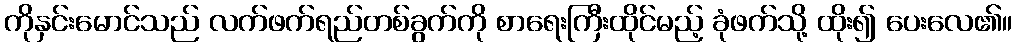
ကိုနှင်းမောင်သည် လက်ဖက်ရည်တစ်ခွက်ကို စာရေးကြီးထိုင်မည့် ခုံဖက်သို့ ထိုး၍ ပေးလေ၏။